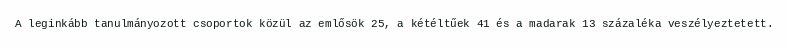
A leginkább tanulmányozott csoportok közül az emlősök 25, a kétéltűek 41 és a madarak 13 százaléka veszélyeztetett.